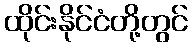
ထိုင်းနိုင်ငံတို့တွင်